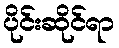
ပိုင်းဆိုင်ရာ